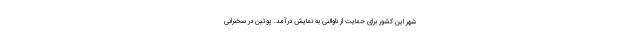
شهر این کشور برای حمایت از ناوالنی به نمایش درآمد. پوتین در سخنرانی